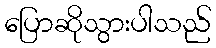
ပြောဆိုသွားပါသည်